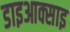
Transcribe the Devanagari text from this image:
डाइआक्साइ